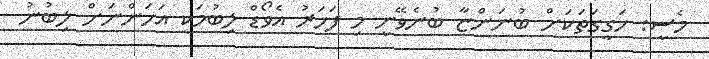
މެސީ: ހަގީގަތަކަށް ބުނަންޏާ ބުނެވޭނީ މި ފަހަރު އެވޯޑް ލިބުމަކީ އަހަންނަށް ލިބުނު